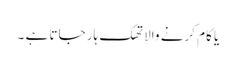
یا کام کرنے والا تھک ہار جاتا ہے ۔